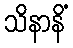
သိနာနိံ